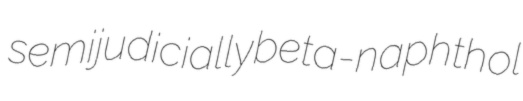
semijudicially beta-naphthol